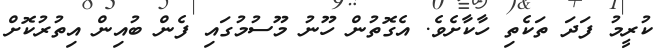
ކުރީމު ފަދަ ތަކެތި ހާކާށެވެ. އެގޮތުން ހޫނު މޫސުމުގައި ފެން ބުއިން އިތުރުކޮށް